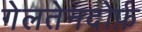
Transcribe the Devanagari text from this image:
गेलतेनदोर्फ़